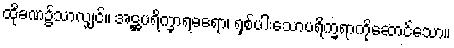
ထိုခဏ၌သာလျှင်။ အဋ္ဌပရိက္ခာရဓရော၊ ရှစ်ပါးသောပရိက္ခရာကိုဆောင်သော။